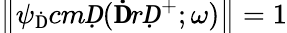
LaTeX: \left\| \psi_{\mathrm Ḋ}cmḌ(\mathbf ḊrḌ^{+};\omega)\right\| =1